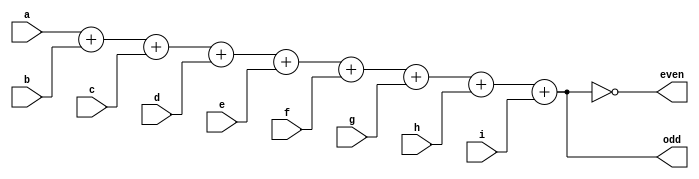
/*
 * ls280:
 * This is a 9-bit parity checker used for the RAM test
 */
module ls280(
	    a,b,c,d,e,f,g,h,i,
	    odd,
	    even
	    );

   input  a,b,c,d,e,f,g,h,i;
   output odd, even;

   wire [3:0] sum;
   
   assign sum = {3'b0,a}+{3'b0,b}+{3'b0,c}+{3'b0,d}+{3'b0,e}+{3'b0,f}+{3'b0,g}+{3'b0,h}+{3'b0,i};
   assign odd = sum[0];
   assign even = ~sum[0];
   
endmodule // ls280